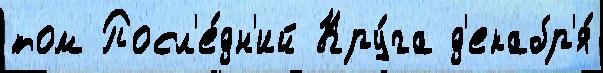
том Посл'е́дн'ий Кру́га д'екабр'я́